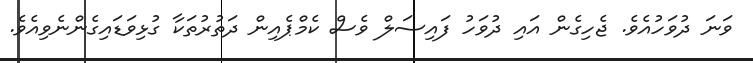
ވަނަ ދުވަހުއެވެ. ޖެހިގެން އައި ދުވަހު ފައިސަލް ވެސް ކެމްޕެއިން ދަތުރުތަކާ ގުޅިވަޑައިގެންނެވިއެވެ.